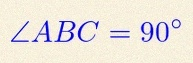
\angle ABC=90^\circ